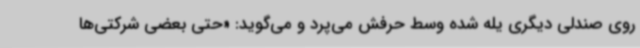
روی صندلی دیگری یله شده وسط حرفش می‌پرد و می‌گوید: «حتی بعضی شرکتی‌ها